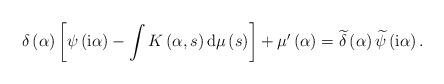
LaTeX: \begin{align*}\delta\left( \alpha\right) \left[ \psi\left( \mathrm{i}\alpha\right)-\int K\left( \alpha,s\right) \mathrm{d}\mu\left( s\right) \right]+\mu^{\prime}\left( \alpha\right) =\widetilde{\delta}\left( \alpha\right)\widetilde{\psi}\left( \mathrm{i}\alpha\right) . \end{align*}